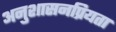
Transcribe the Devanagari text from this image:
अनुशासनप्रियता